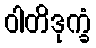
ဝါတိဒုက္ခံ